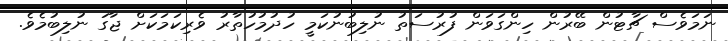
ނަމަވެސް ޗާޓުން ބޭރުން ހިންގަވަން ފުރުސަތު ނުލިބުނުކަމީ ހުދުމުހުތާރު ވެރިކަމަކަށް ޖާގަ ނުލިބުމެވެ.